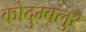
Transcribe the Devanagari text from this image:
कोदुम्बलुर